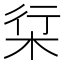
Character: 𱣒